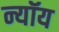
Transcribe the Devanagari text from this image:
न्यॉय